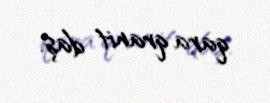
qara qranit daş.